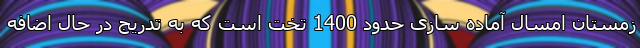
زمستان امسال آماده سازی حدود 1400 تخت است که به تدریج در حال اضافه